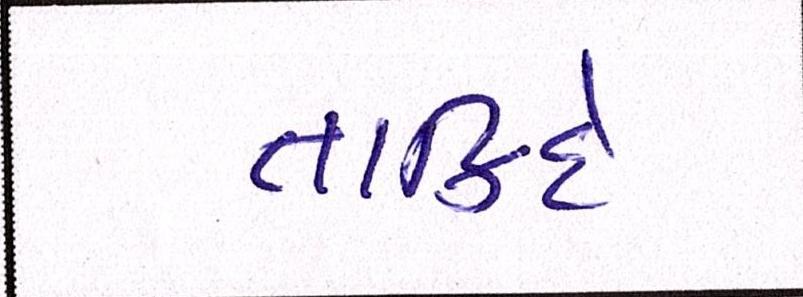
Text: તાકિદે